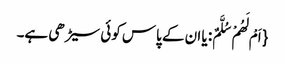
{ اَمْ لَهُمْ سُلَّمٌ: یا ان کے پاس کوئی سیڑھی ہے۔